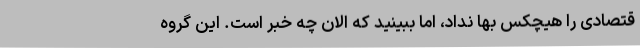
قتصادی را هیچکس بها نداد، اما ببینید که الان چه خبر است. این گروه